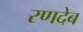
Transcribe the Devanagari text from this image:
रणदेब